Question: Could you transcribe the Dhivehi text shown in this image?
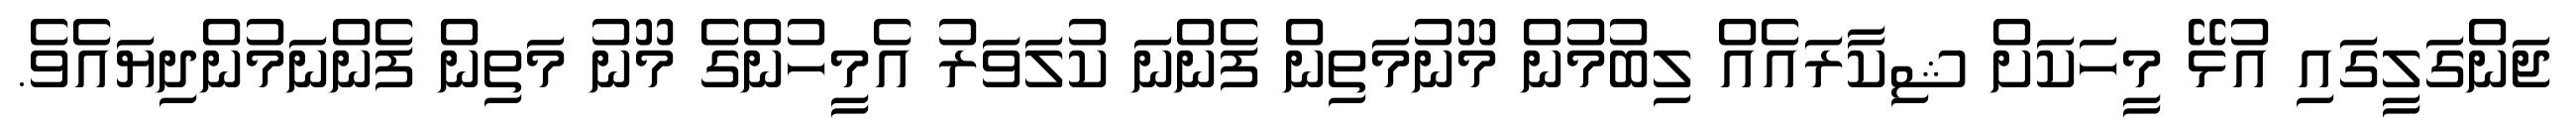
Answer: ޖަންގަލީގައި އުޅޭ މީހަކަށް ޝިކާރައެއް ލިބުމުން މޫނުމަތިން ފެންނަ ކުލަވަރު އެމީހުންގެ މޫނު މަތިން ފެންނަމުންދިޔައެވެ.